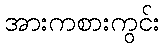
အားကစားကွင်း